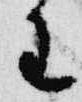
王